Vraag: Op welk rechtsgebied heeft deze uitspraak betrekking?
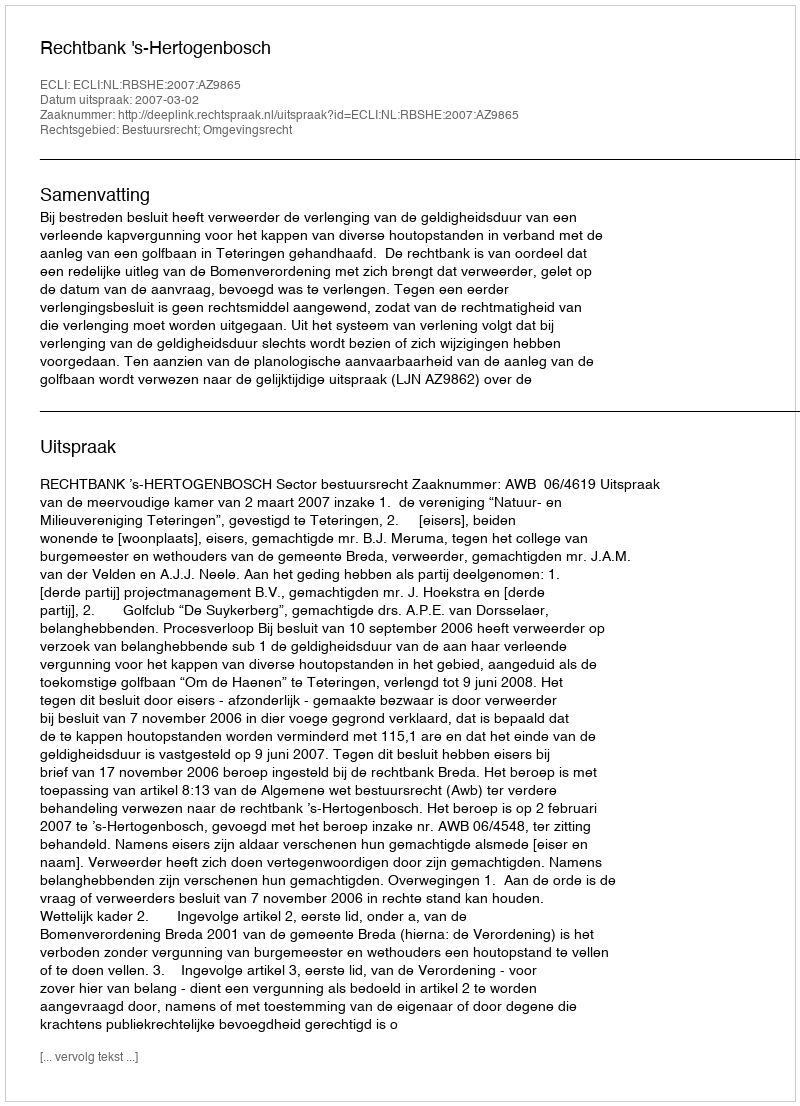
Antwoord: Bestuursrecht; Omgevingsrecht